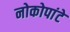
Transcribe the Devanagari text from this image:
नोकोपांटे